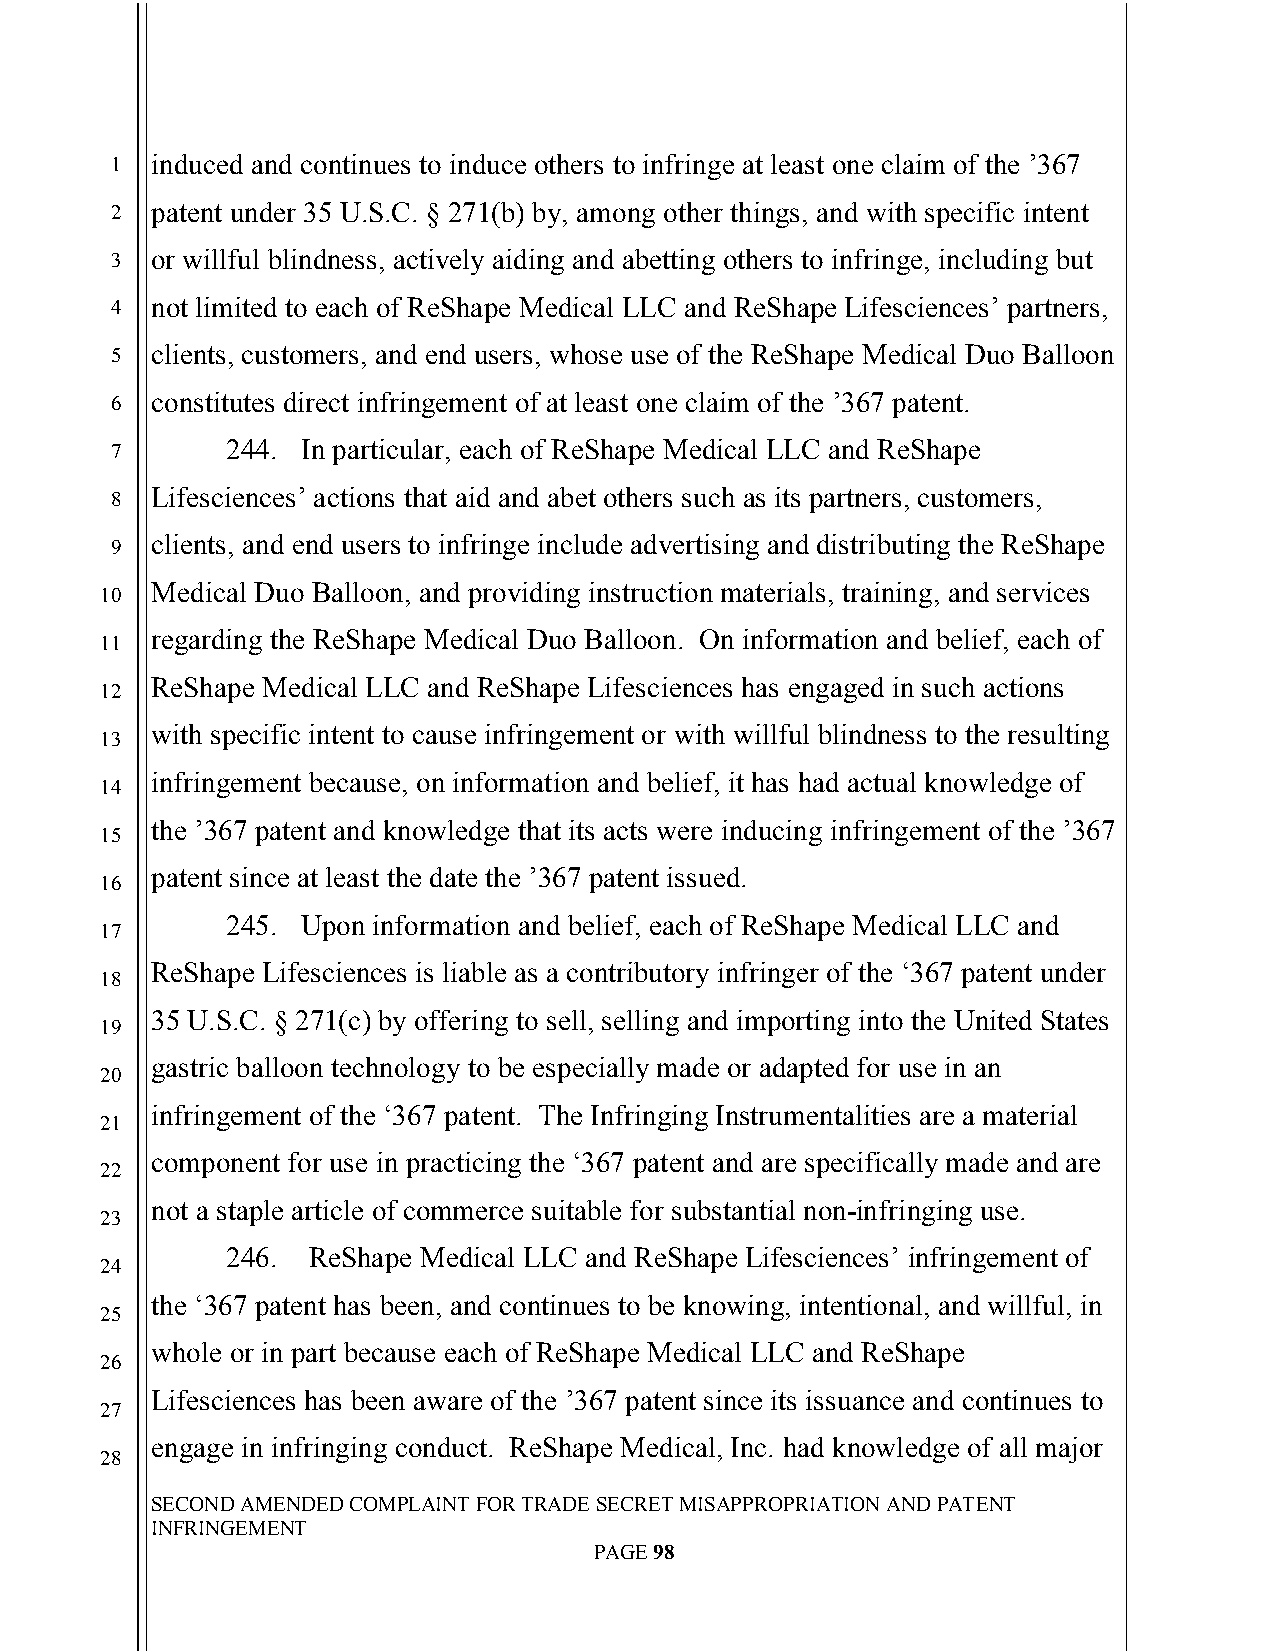
`
 1  induced and continues to induce others to infringe at least one claim of the ’367
 2  patent under 35 U.S.C. § 271(b) by, among other things, and with specific intent
 3  or willful blindness, actively aiding and abetting others to infringe, including but
 4  not limited to each of ReShape Medical LLC and ReShape Lifesciences’ partners,
 5  clients, customers, and end users, whose use of the ReShape Medical Duo Balloon
 6  constitutes direct infringement of at least one claim of the ’367 patent.
 7       244. In particular, each of ReShape Medical LLC and ReShape
 8  Lifesciences’ actions that aid and abet others such as its partners, customers,
 clients, and end users to infringe include advertising and distributing the ReShape
 9
 Medical Duo Balloon, and providing instruction materials, training, and services
 10
 regarding the ReShape Medical Duo Balloon. On information and belief, each of
 11
 ReShape Medical LLC and ReShape Lifesciences has engaged in such actions
 12
 with specific intent to cause infringement or with willful blindness to the resulting
 13
 infringement because, on information and belief, it has had actual knowledge of
 14
 the ’367 patent and knowledge that its acts were inducing infringement of the ’367
 15
 patent since at least the date the ’367 patent issued.
 16
 245. Upon information and belief, each of ReShape Medical LLC and
 17
 ReShape Lifesciences is liable as a contributory infringer of the ‘367 patent under
 18
 35 U.S.C. § 271(c) by offering to sell, selling and importing into the United States
 19
 gastric balloon technology to be especially made or adapted for use in an
 20
 infringement of the ‘367 patent. The Infringing Instrumentalities are a material
 21
 component for use in practicing the ‘367 patent and are specifically made and are
 22
 not a staple article of commerce suitable for substantial non-infringing use.
 23
 246. ReShape Medical LLC and ReShape Lifesciences’ infringement of
 24
 the ‘367 patent has been, and continues to be knowing, intentional, and willful, in
 25
 whole or in part because each of ReShape Medical LLC and ReShape
 26
 Lifesciences has been aware of the ’367 patent since its issuance and continues to
 27
 engage in infringing conduct. ReShape Medical, Inc. had knowledge of all major
 28
 SECOND AMENDED COMPLAINT FOR TRADE SECRET MISAPPROPRIATION AND PATENT
 INFRINGEMENT
 PAGE 98